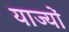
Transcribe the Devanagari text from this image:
याज्यों